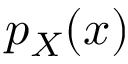
p _ { X } { \left( x \right) }